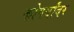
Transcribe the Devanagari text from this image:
कोपर्यांवर